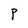
Character: P